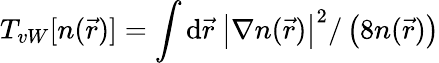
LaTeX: T_{vW}[n(\vec{r})]=\int{\mathrm{d}}\vec{r}~\left|\nabla n(\vec{r})\right|^{2}/\left(8n(\vec{r})\right)